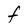
Character: F